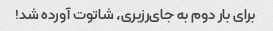
برای بار دوم به جای‌رزبری، شاتوت آورده شد!